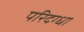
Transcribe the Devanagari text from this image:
परिदग्धा